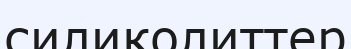
силиколиттер